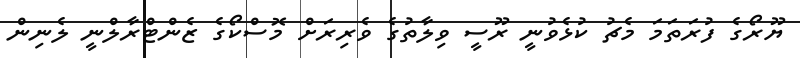
ޔޫރޯގެ ފުރަތަމަ މެޗު ކުޅެވުނީ ރޫސީ ވިލާތުގެ ވެރިރަށް މޮސްކޯގެ ޒެންޓްރާލްނީ ލެނިން